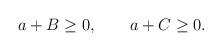
LaTeX: \begin{align*}a+B \geq 0, \qquad a+C \geq 0.\end{align*}